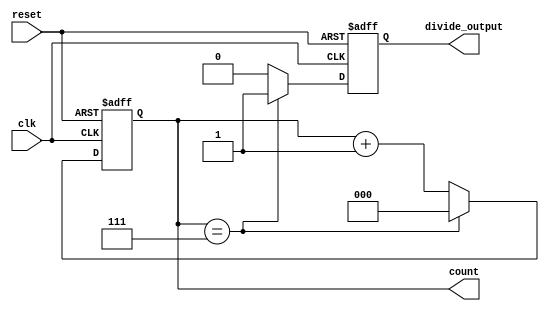
module divide_by_n_counter #(parameter N = 8) (
    input wire clk,              // Clock input
    input wire reset,            // Asynchronous reset
    output reg [clog2(N)-1:0] count, // Current counter value
    output reg divide_output      // Output pulse when counter reaches N
);

// Function to calculate the log2 of a number
function integer clog2;
    input integer value;
    begin
        clog2 = 0;
        while (2**clog2 < value) begin
            clog2 = clog2 + 1;
        end
    end
endfunction

// Internal variables
reg [clog2(N)-1:0] counter; // Counter register

always @(posedge clk or posedge reset) begin
    if (reset) begin
        counter <= 0;          // Reset the counter
        divide_output <= 0;    // Set output low
    end else begin
        if (counter == N-1) begin
            divide_output <= 1;  // Set output high when reaching N
            counter <= 0;        // Reset the counter
        end else begin
            counter <= counter + 1; // Increment counter
            divide_output <= 0;  // Set output low
        end
    end
end

// Assign the current counter value to output
assign count = counter;

endmodule